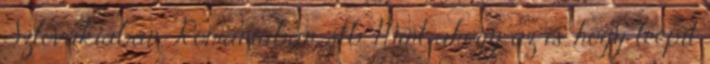
Szlovákiában, Romániában, stb. Mint ahogy az is, hogy leépít